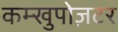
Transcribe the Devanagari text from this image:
कम्खुपोज़टर